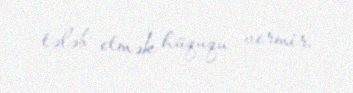
tələb etmək hüququ vermir.